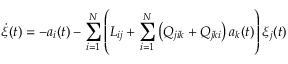
\boldsymbol { \dot { \xi } } ( t ) = - a _ { i } ( t ) - \sum _ { i = 1 } ^ { N } \left( { L } _ { i j } + \sum _ { i = 1 } ^ { N } \left( Q _ { j i k } + Q _ { j k i } \right) a _ { k } ( t ) \right) \xi _ { j } ( t )